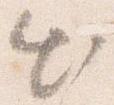
出